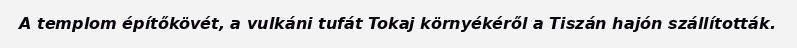
A templom építőkövét, a vulkáni tufát Tokaj környékéről a Tiszán hajón szállították.